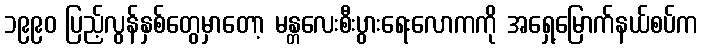
၁၉၉၀ ပြည့်လွန်နှစ်တွေမှာတော့ မန္တလေးစီးပွားရေးလောကကို အရှေ့မြောက်နယ်စပ်က